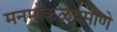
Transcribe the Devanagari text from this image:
मनमोकळेप्रमाणे